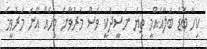
ކިހާ ބޮޑު ބަލާއެއްމީ ތިޔަ ނަސީދަކީ ވެސް މަރުވާނެ މީހެއް އޭނަ މަރުވީމަ